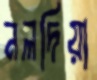
নলদিয়া